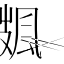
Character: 𩙏